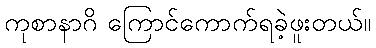
ကုစာနာဂိ ကြောင်ကောက်ရခဲ့ဖူးတယ်။